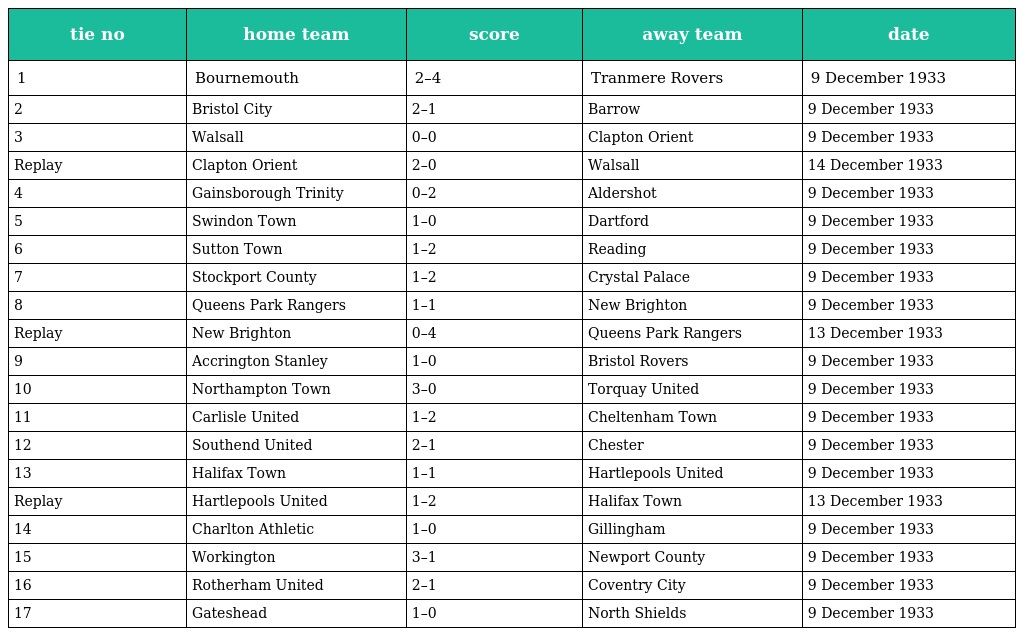
| tie no | home team | score | away team | date |
 | --- | --- | --- | --- | --- |
 | 1 | Bournemouth | 2–4 | Tranmere Rovers | 9 December 1933 |
 | 2 | Bristol City | 2–1 | Barrow | 9 December 1933 |
 | 3 | Walsall | 0–0 | Clapton Orient | 9 December 1933 |
 | Replay | Clapton Orient | 2–0 | Walsall | 14 December 1933 |
 | 4 | Gainsborough Trinity | 0–2 | Aldershot | 9 December 1933 |
 | 5 | Swindon Town | 1–0 | Dartford | 9 December 1933 |
 | 6 | Sutton Town | 1–2 | Reading | 9 December 1933 |
 | 7 | Stockport County | 1–2 | Crystal Palace | 9 December 1933 |
 | 8 | Queens Park Rangers | 1–1 | New Brighton | 9 December 1933 |
 | Replay | New Brighton | 0–4 | Queens Park Rangers | 13 December 1933 |
 | 9 | Accrington Stanley | 1–0 | Bristol Rovers | 9 December 1933 |
 | 10 | Northampton Town | 3–0 | Torquay United | 9 December 1933 |
 | 11 | Carlisle United | 1–2 | Cheltenham Town | 9 December 1933 |
 | 12 | Southend United | 2–1 | Chester | 9 December 1933 |
 | 13 | Halifax Town | 1–1 | Hartlepools United | 9 December 1933 |
 | Replay | Hartlepools United | 1–2 | Halifax Town | 13 December 1933 |
 | 14 | Charlton Athletic | 1–0 | Gillingham | 9 December 1933 |
 | 15 | Workington | 3–1 | Newport County | 9 December 1933 |
 | 16 | Rotherham United | 2–1 | Coventry City | 9 December 1933 |
 | 17 | Gateshead | 1–0 | North Shields | 9 December 1933 |